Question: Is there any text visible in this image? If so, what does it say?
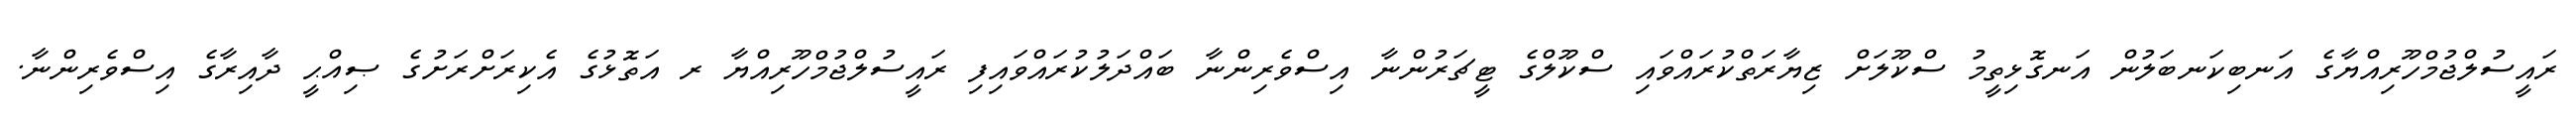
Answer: ރައީސުލްޖުމްހޫރިއްޔާގެ އަނބިކަނބަލުން އަނގޮޅިތީމު ސްކޫލަށް ޒިޔާރަތްކުރައްވައި ސްކޫލްގެ ޓީޗަރުންނާ އިސްވެރިންނާ ބައްދަލުކުރައްވައިފި ރައީސުލްޖުމްހޫރިއްޔާ ރ އަތޮޅުގެ އެކިރަށްރަށުގެ ޞިއްޙީ ދާއިރާގެ އިސްވެރިންނާ.